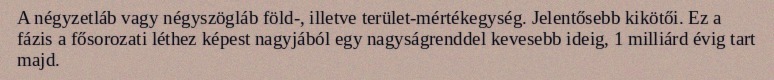
A négyzetláb vagy négyszögláb föld-, illetve terület-mértékegység. Jelentősebb kikötői. Ez a fázis a fősorozati léthez képest nagyjából egy nagyságrenddel kevesebb ideig, 1 milliárd évig tart majd.